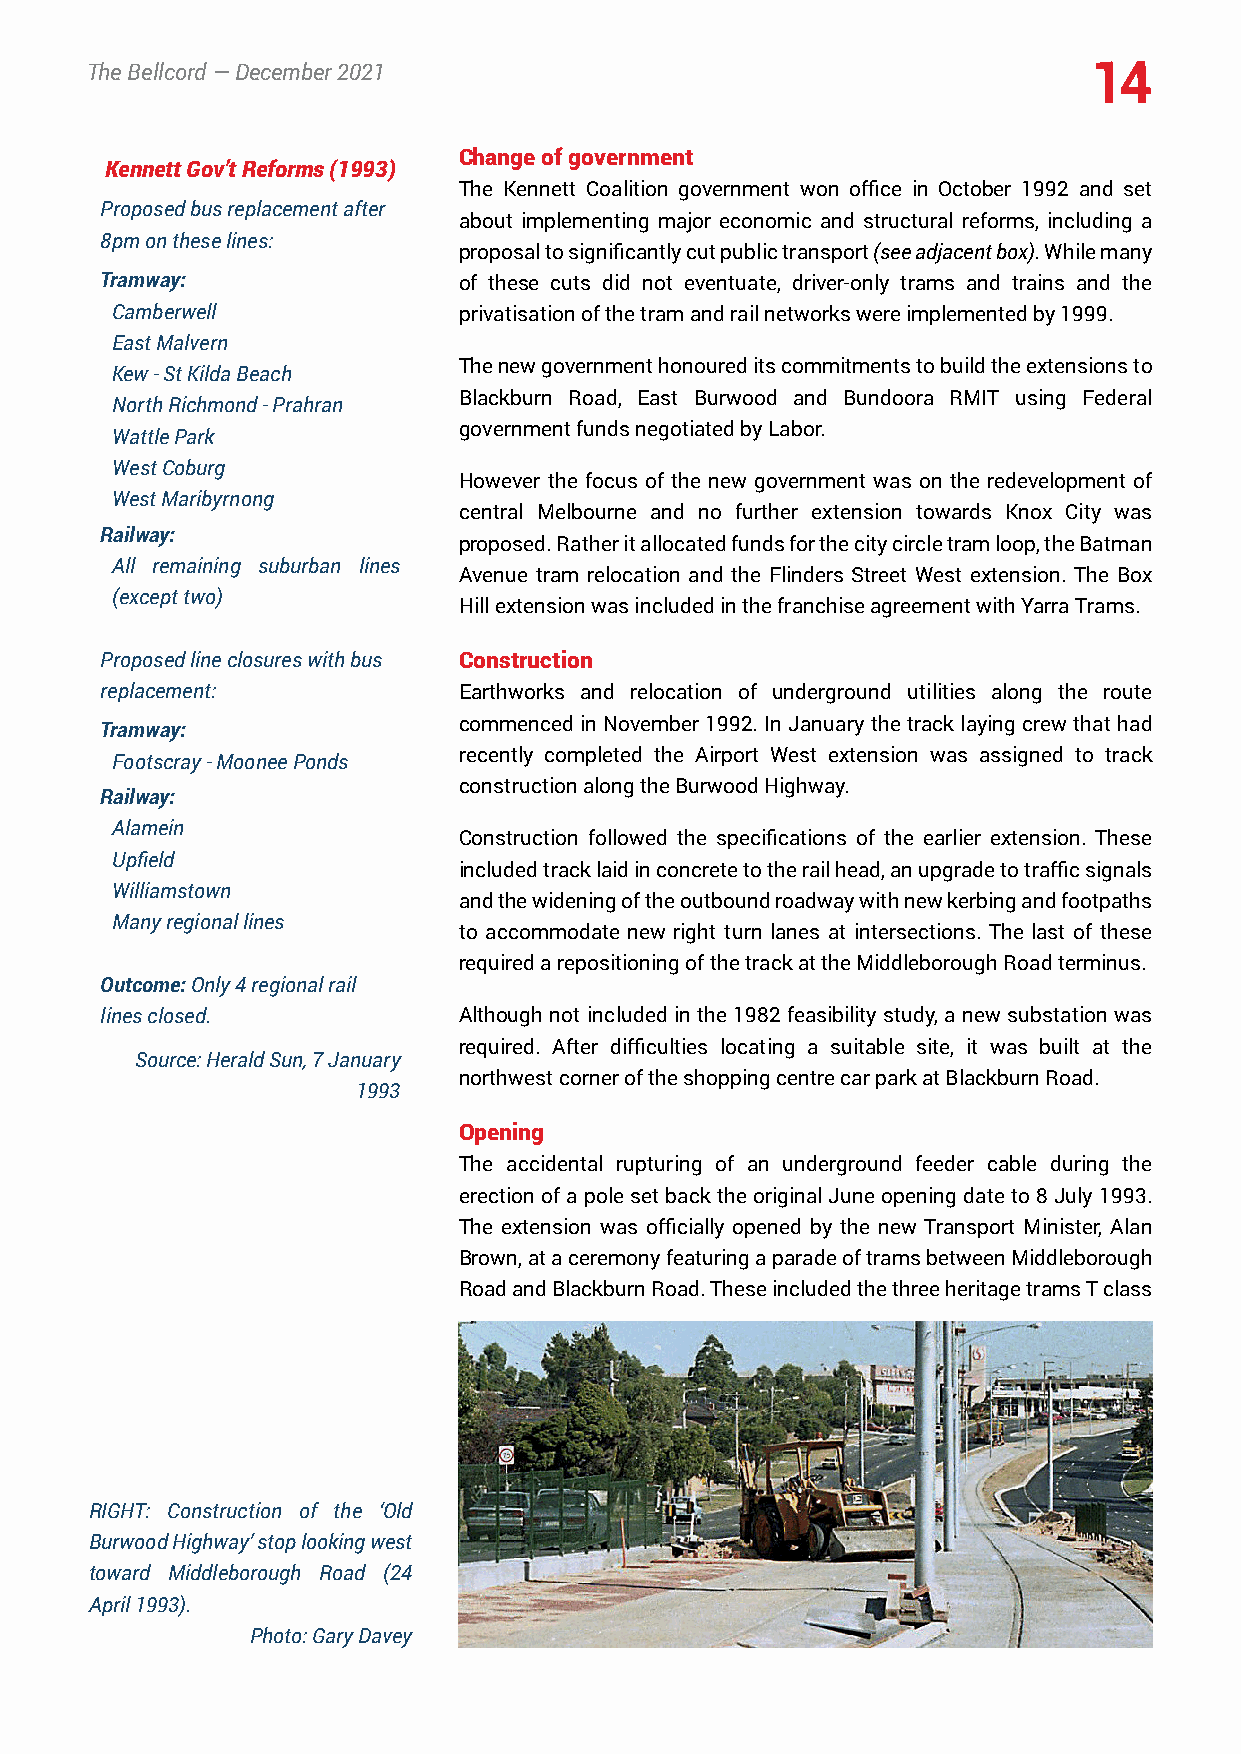
TheBellcord—December2021                                          14
 Changeofgovernment
 KennettGov’tReforms(1993)
 The Kennett Coalition government won office in October 1992 and set
 Proposedbusreplacementafter
 about implementing major economic and structural reforms, including a
 8pmontheselines:
 proposaltosignificantlycutpublictransport(seeadjacentbox).Whilemany
 Tramway:               of these cuts did not eventuate, driver-only trams and trains and the
 Camberwell             privatisationofthetramandrailnetworkswereimplementedby1999.
 EastMalvern
 Thenewgovernmenthonoureditscommitmentstobuildtheextensionsto
 Kew-StKildaBeach
 Blackburn Road, East Burwood and Bundoora RMIT using Federal
 NorthRichmond-Prahran
 governmentfundsnegotiatedbyLabor.
 WattlePark
 WestCoburg
 However the focus of the new government was on the redevelopment of
 WestMaribyrnong
 central Melbourne and no further extension towards Knox City was
 Railway:
 proposed.Ratheritallocatedfundsforthecitycircletramloop,theBatman
 All remaining suburban lines
 Avenue tram relocation and the Flinders Street West extension. The Box
 (excepttwo)
 HillextensionwasincludedinthefranchiseagreementwithYarraTrams.
 Proposedlineclosureswithbus Construction
 replacement:           Earthworks and relocation of underground utilities along the route
 commencedinNovember1992.InJanuarythetracklayingcrewthathad
 Tramway:
 recently completed the Airport West extension was assigned to track
 Footscray-MooneePonds
 constructionalongtheBurwoodHighway.
 Railway:
 Alamein
 Construction followed the specifications of the earlier extension. These
 Upfield
 includedtracklaidinconcretetotherailhead,anupgradetotrafficsignals
 Williamstown
 andthewideningoftheoutboundroadwaywithnewkerbingandfootpaths
 Manyregionallines
 to accommodate new right turn lanes at intersections. The last of these
 requiredarepositioningofthetrackattheMiddleboroughRoadterminus.
 Outcome:Only4regionalrail
 linesclosed.           Although not included in the 1982 feasibility study, a new substation was
 required. After difficulties locating a suitable site, it was built at the
 Source:HeraldSun,7January
 northwestcorneroftheshoppingcentrecarparkatBlackburnRoad.
 1993
 Opening
 The accidental rupturing of an underground feeder cable during the
 erectionofapolesetbacktheoriginalJuneopeningdateto8July1993.
 The extension was officially opened by the new Transport Minister, Alan
 Brown,ataceremonyfeaturingaparadeoftramsbetweenMiddleborough
 RoadandBlackburnRoad.TheseincludedthethreeheritagetramsTclass
 RIGHT: Construction of the ‘Old
 BurwoodHighway’stoplookingwest
 toward Middleborough Road (24
 April1993).
 Photo:GaryDavey